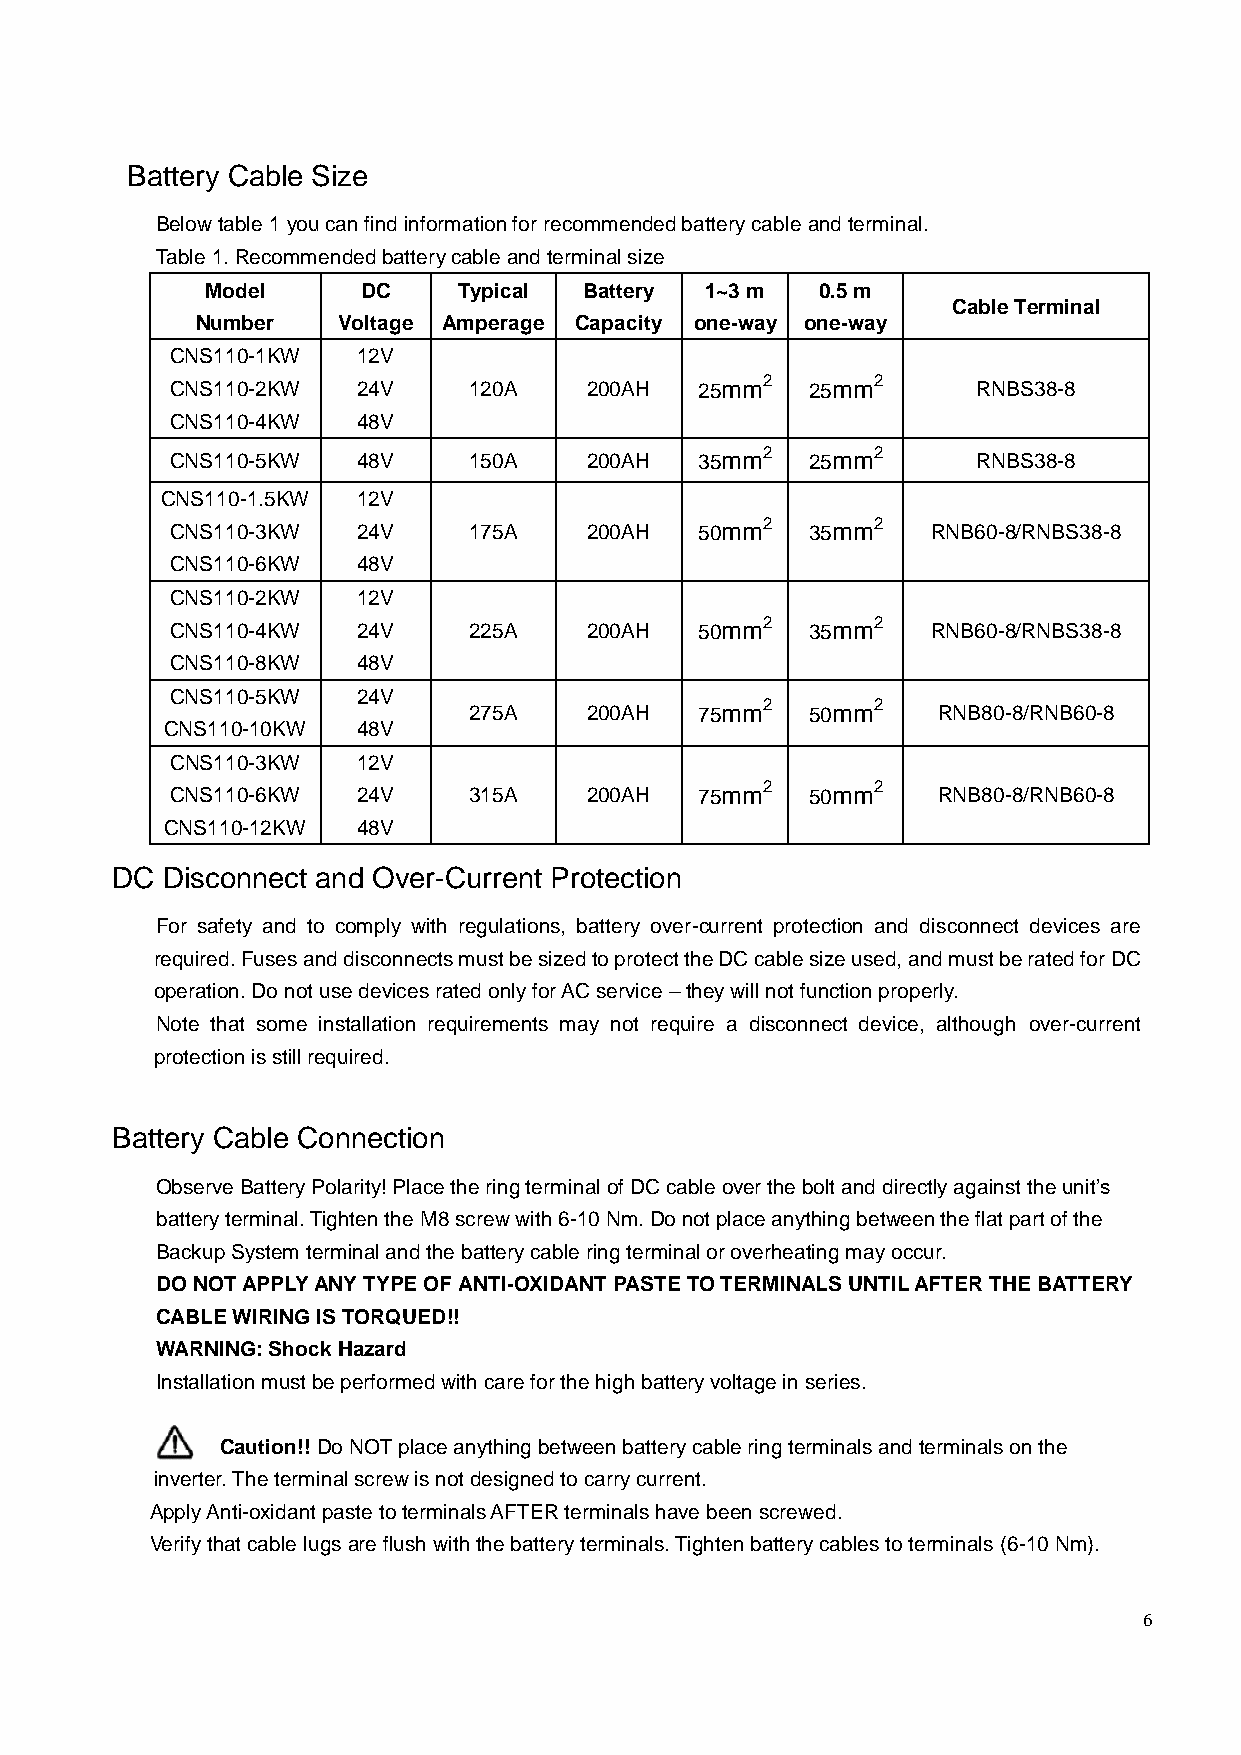
Battery Cable Size
 Below table 1 you can find information for recommended battery cable and terminal.
 Table 1. Recommended battery cable and terminal size
 Model     DC    Typical  Battery 1~3 m  0.5 m
 Cable Terminal
 Number   Voltage Amperage Capacity one-way one-way
 CNS110-1KW   12V
 CNS110-2KW   24V    120A    200AH
 25mm2   25mm2
 RNBS38-8
 CNS110-4KW   48V
 CNS110-5KW   48V    150A    200AH
 35mm2   25mm2
 RNBS38-8
 CNS110-1.5KW 12V
 CNS110-3KW   24V    175A    200AH
 50mm2   35mm2
 RNB60-8/RNBS38-8
 CNS110-6KW   48V
 CNS110-2KW   12V
 CNS110-4KW   24V    225A    200AH
 50mm2   35mm2
 RNB60-8/RNBS38-8
 CNS110-8KW   48V
 CNS110-5KW   24V
 275A    200AH
 75mm2   50mm2
 RNB80-8/RNB60-8
 CNS110-10KW  48V
 CNS110-3KW   12V
 CNS110-6KW   24V    315A    200AH
 75mm2   50mm2
 RNB80-8/RNB60-8
 CNS110-12KW  48V
 DC  Disconnect and Over-Current Protection
 For safety and to comply with regulations, battery over-current protection and disconnect devices are
 required. Fuses and disconnects must be sized to protect the DC cable size used, and must be rated for DC
 operation. Do not use devices rated only for AC service – they will not function properly.
 Note that some installation requirements may not require a disconnect device, although over-current
 protection is still required.
 Battery Cable Connection
 Observe Battery Polarity! Place the ring terminal of DC cable over the bolt and directly against the unit’s
 battery terminal. Tighten the M8 screw with 6-10 Nm. Do not place anything between the flat part of the
 Backup System terminal and the battery cable ring terminal or overheating may occur.
 DO NOT APPLY ANY TYPE OF ANTI-OXIDANT PASTE TO TERMINALS UNTIL AFTER THE BATTERY
 CABLE WIRING IS TORQUED!!
 WARNING: Shock Hazard
 Installation must be performed with care for the high battery voltage in series.
 Caution!! Do NOT place anything between battery cable ring terminals and terminals on the
 inverter. The terminal screw is not designed to carry current.
 Apply Anti-oxidant paste to terminals AFTER terminals have been screwed.
 Verify that cable lugs are flush with the battery terminals. Tighten battery cables to terminals (6-10 Nm).
 6